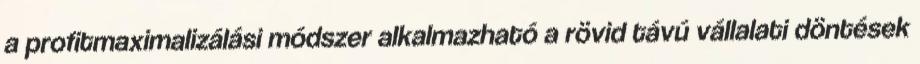
a profitmaximalizálási módszer alkalmazható a rövid távú vállalati döntések